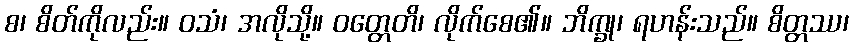
စ၊ စိတ်ကိုလည်း။ ဝသံ၊ အလိုသို့။ ဝတ္တေတိ၊ လိုက်စေ၏။ ဘိက္ခု၊ ရဟန်းသည်။ စိတ္တဿ၊